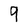
Character: 9